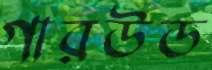
গারউড